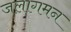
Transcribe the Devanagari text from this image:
जलागमन